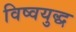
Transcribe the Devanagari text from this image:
विष्वयुद्ध